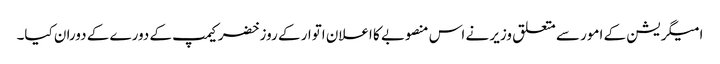
امیگریشن کے امور سے متعلق وزیر نے اس منصوبے کا اعلان اتوار کے روز خضر کیمپ کے دورے کے دوران کیا۔